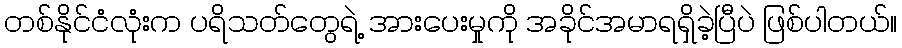
တစ်နိုင်ငံလုံးက ပရိသတ်တွေရဲ့ အားပေးမှုကို အခိုင်အမာရရှိခဲ့ပြီပဲ ဖြစ်ပါတယ်။